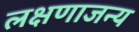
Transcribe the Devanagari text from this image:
लक्षणाजन्य